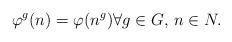
LaTeX: \begin{align*} \varphi^g(n)=\varphi(n^g ) \forall g \in G, \, n \in N.\end{align*}